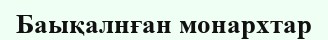
Баықалнған монархтар